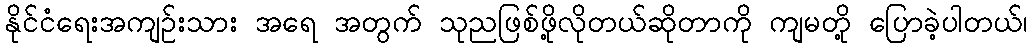
နိုင်ငံရေးအကျဉ်းသား အရေ အတွက် သုညဖြစ်ဖို့လိုတယ်ဆိုတာကို ကျမတို့ ပြောခဲ့ပါတယ်၊